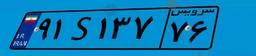
۹۰S۷۹۴۱۱